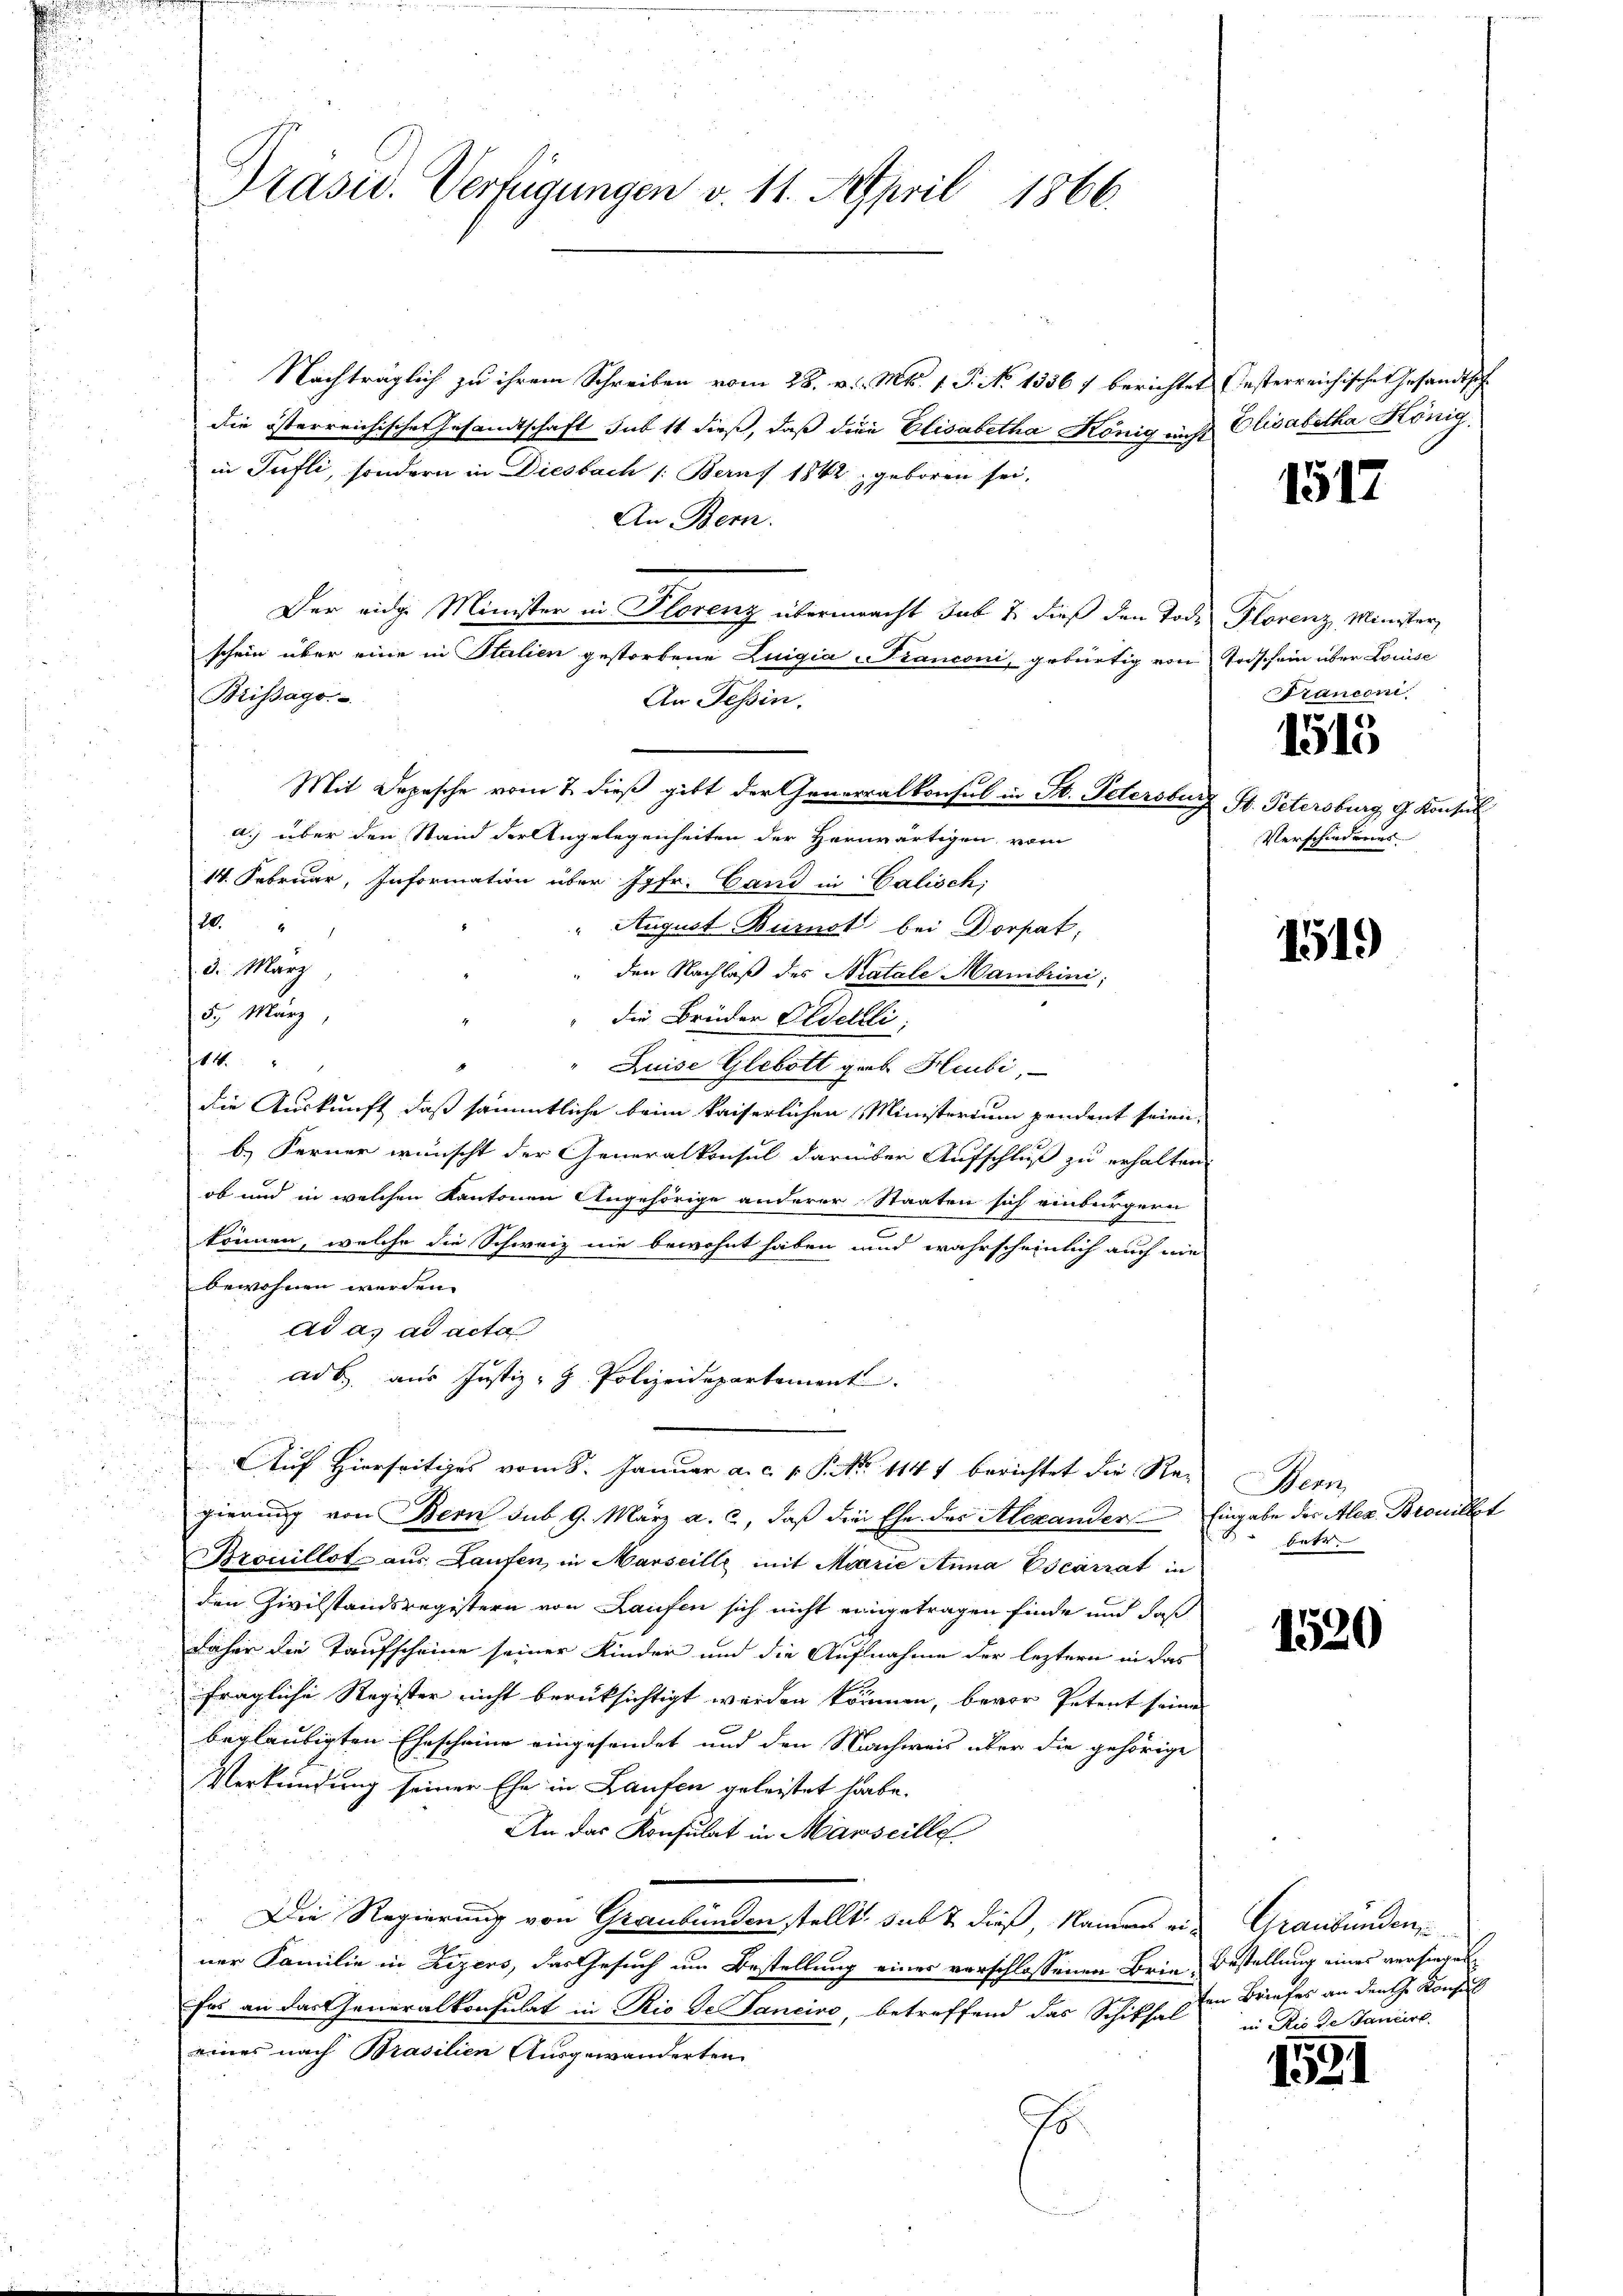
Präsid. Verfügungen v. 11. April 1866.

Nachträglich zu ihrem Schreiben vom 28. v. Mts. 1. P. No 13567 berichtet Gesterreichisches Gesandtsch-
die österreichischer Gesandtschaft sub 11 dieß, daß die Elisabetha König nicht Elisabetha König
in Pufli, sondern in Diesbach /: Berns 1842, geboren sei,
An Bern.
Der eidg. Minister in Florenz übermacht sub 7. dieß den Todes Florenz, Minister,
schein über eine in Stalien gestorbene Luigia Franconi, gebürtig von Todschein über Louise
Brissago
An Tessin.
Mit Depesche vom 2. dieß gibt der Generalkonsul in St. Petersburg, St. Petersburg, G. Konsul
a) über den Stand der Angelegenheiten der Herwärtigen, vom
14. Februar, Information über Jgfr. Gand in Calisch;
20.
" August Burnot bei Dorpat;
3. März
den Nachlaß des Katale Mambrini;
5. März,
" die Brüder Eldentli
114
Luise Glebott gieb Heubi,
die Auskunft, daß sämmtliche beim kaiserlichen Ministerium pendent seien,
b.) Ferner wünscht der Generalkonsul darüber Aufschluß zu erhalten
ob und in welchen Kantonen Angehörige anderer Staaten sich einbürgern
können, welche die Schweiz nie bewohnt haben und wahrscheinlich auch nie
bewohnen werden.
ad a. ad acta
ad b. aus Justiz - H. Polizeidepartement
i
Auf Hierseitiges vom 8. Januar a. c. v. Pro. 1147 berichtet die Regierung von Bern sub 9. März a. c, daß die Ehe des Alexander Eingabe der Alex. Brouillt
Brouillot aus Laufen in Marseill mit Marie Anna Escarrat in
den Zivilstandsregistern von Laufen sich nicht eingetragen finde und daß
daher die Taufscheine seiner Kinder und die Aufnahme der leztern in das
fragliche Register nicht berüksichtigt werden können, bevor Petent seines
beglaubigten Ehescheine eingesendet und den Nachweis über die gehörige
Verkündung seiner Ehe in Laufen geleistet habe.
An das Konsulat in Marseille
Die Regierung von Graubünden stellt, sub & dieß, Namens einer Familie in Rezers, das Gesuch um Bestellung eines verschlossenen Brie-Bestellung eines versiegen
fas an das Generalkonsulat in Rio de Tancire, betreffend das Schiksal
eines nach Brasilien Ausgewanderten
75.

1517

Francen

1515

Verschiedenes

1519)

Bern,
batt

1520

1531

Graubünden,
ten Briefes an den H. Konsul
in Rio de Jancirt